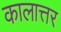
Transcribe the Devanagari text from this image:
कालात्तर